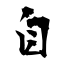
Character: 自